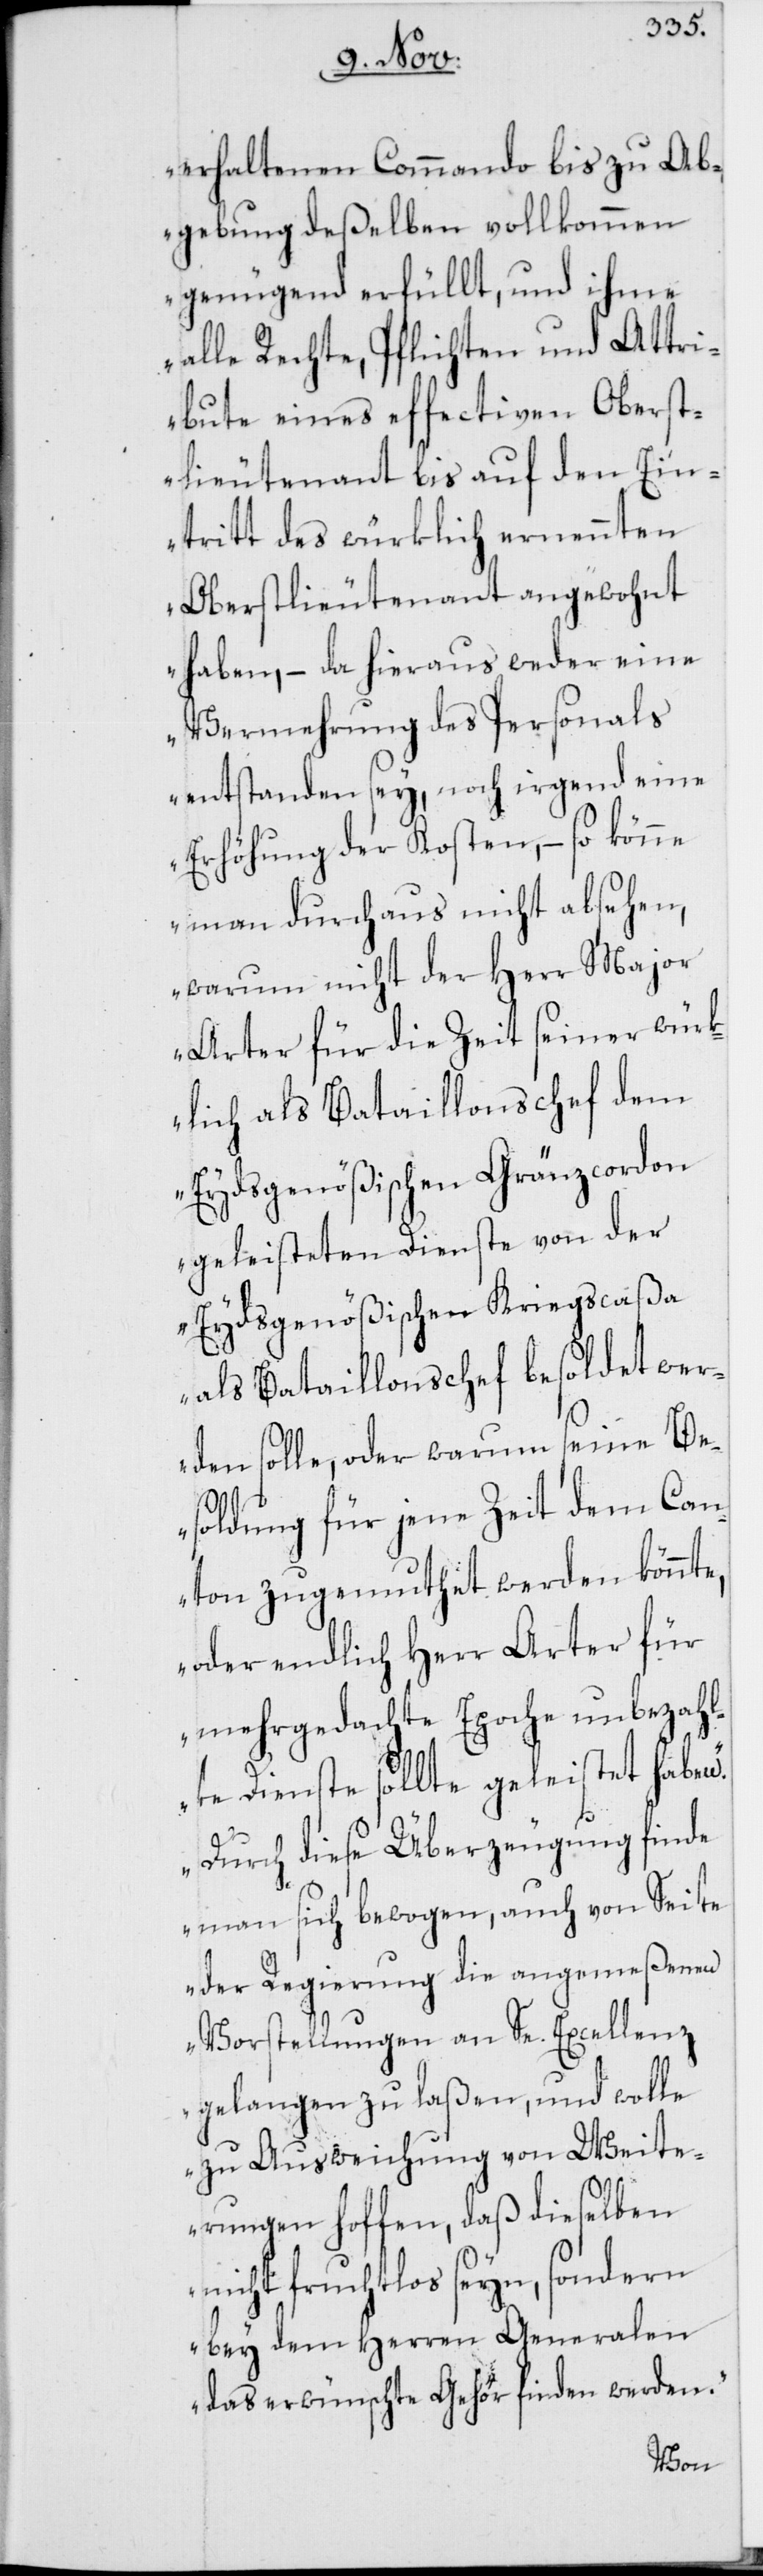
erhaltenen Commando bis zu Ab¬
gebung deßelben vollkommen
genügend erfüllt, und ihme
alle Rechte, Pflichten und Attri¬
bute eines effectiven Oberst¬
lieutenant bis auf den Ein¬
tritt des würklich ernennten
Oberstlieutenant angewohnt
haben, – da hieraus weder eine
Vermehrung des Personals
entstanden sey, noch irgend eine
Erhöhung der Kosten, – so könne
man durchaus nicht absehen,
warum nicht der Herr Major
Arter für die Zeit seiner würk¬
lich als Bataillonschef dem
Eydsgenößischen Gränzcordon
geleisteten Dienste von der
Eydsgenößischen Kriegscaßa
als Bataillonschef besoldet wer¬
den solle, oder warum seine Be¬
soldung für jene Zeit dem Can¬
ton zugemuthet werden könnte,
oder endlich Herr Arter für
mehrgedachte Epoche unbezah¬
lte Dienste sollte geleistet haben.
Durch diese Überzeugung finde
man sich bewogen, auch von Seite
der Regierung die angemeßenen
Vorstellungen an Se. Excellenz
gelangen zu laßen, und wolle
zu Ausweichung von Weite¬
rungen hoffen, daß dieselben
nicht fruchtlos seyn, sondern
bey dem Herren Generalen
das erwünschte Gehör finden werden.